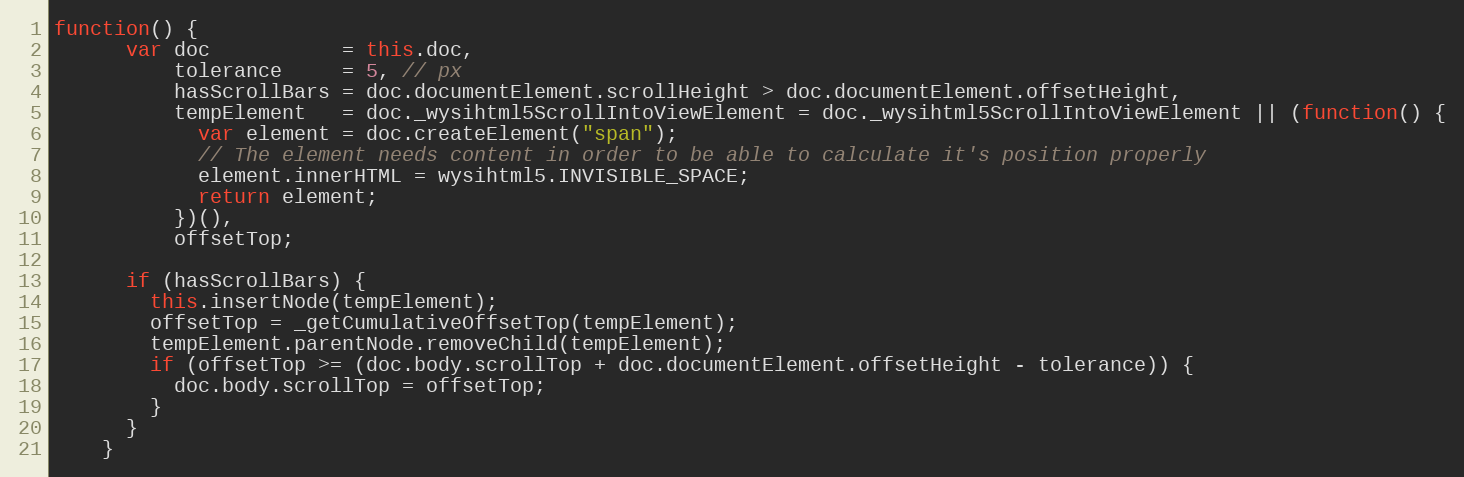
Language: JavaScript
function() {
      var doc           = this.doc,
          tolerance     = 5, // px
          hasScrollBars = doc.documentElement.scrollHeight > doc.documentElement.offsetHeight,
          tempElement   = doc._wysihtml5ScrollIntoViewElement = doc._wysihtml5ScrollIntoViewElement || (function() {
            var element = doc.createElement("span");
            // The element needs content in order to be able to calculate it's position properly
            element.innerHTML = wysihtml5.INVISIBLE_SPACE;
            return element;
          })(),
          offsetTop;

      if (hasScrollBars) {
        this.insertNode(tempElement);
        offsetTop = _getCumulativeOffsetTop(tempElement);
        tempElement.parentNode.removeChild(tempElement);
        if (offsetTop >= (doc.body.scrollTop + doc.documentElement.offsetHeight - tolerance)) {
          doc.body.scrollTop = offsetTop;
        }
      }
    }